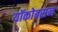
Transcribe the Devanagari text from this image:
यॉकोबसन